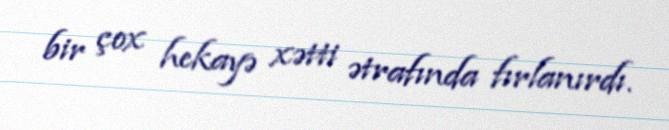
bir çox hekayə xətti ətrafında fırlanırdı.